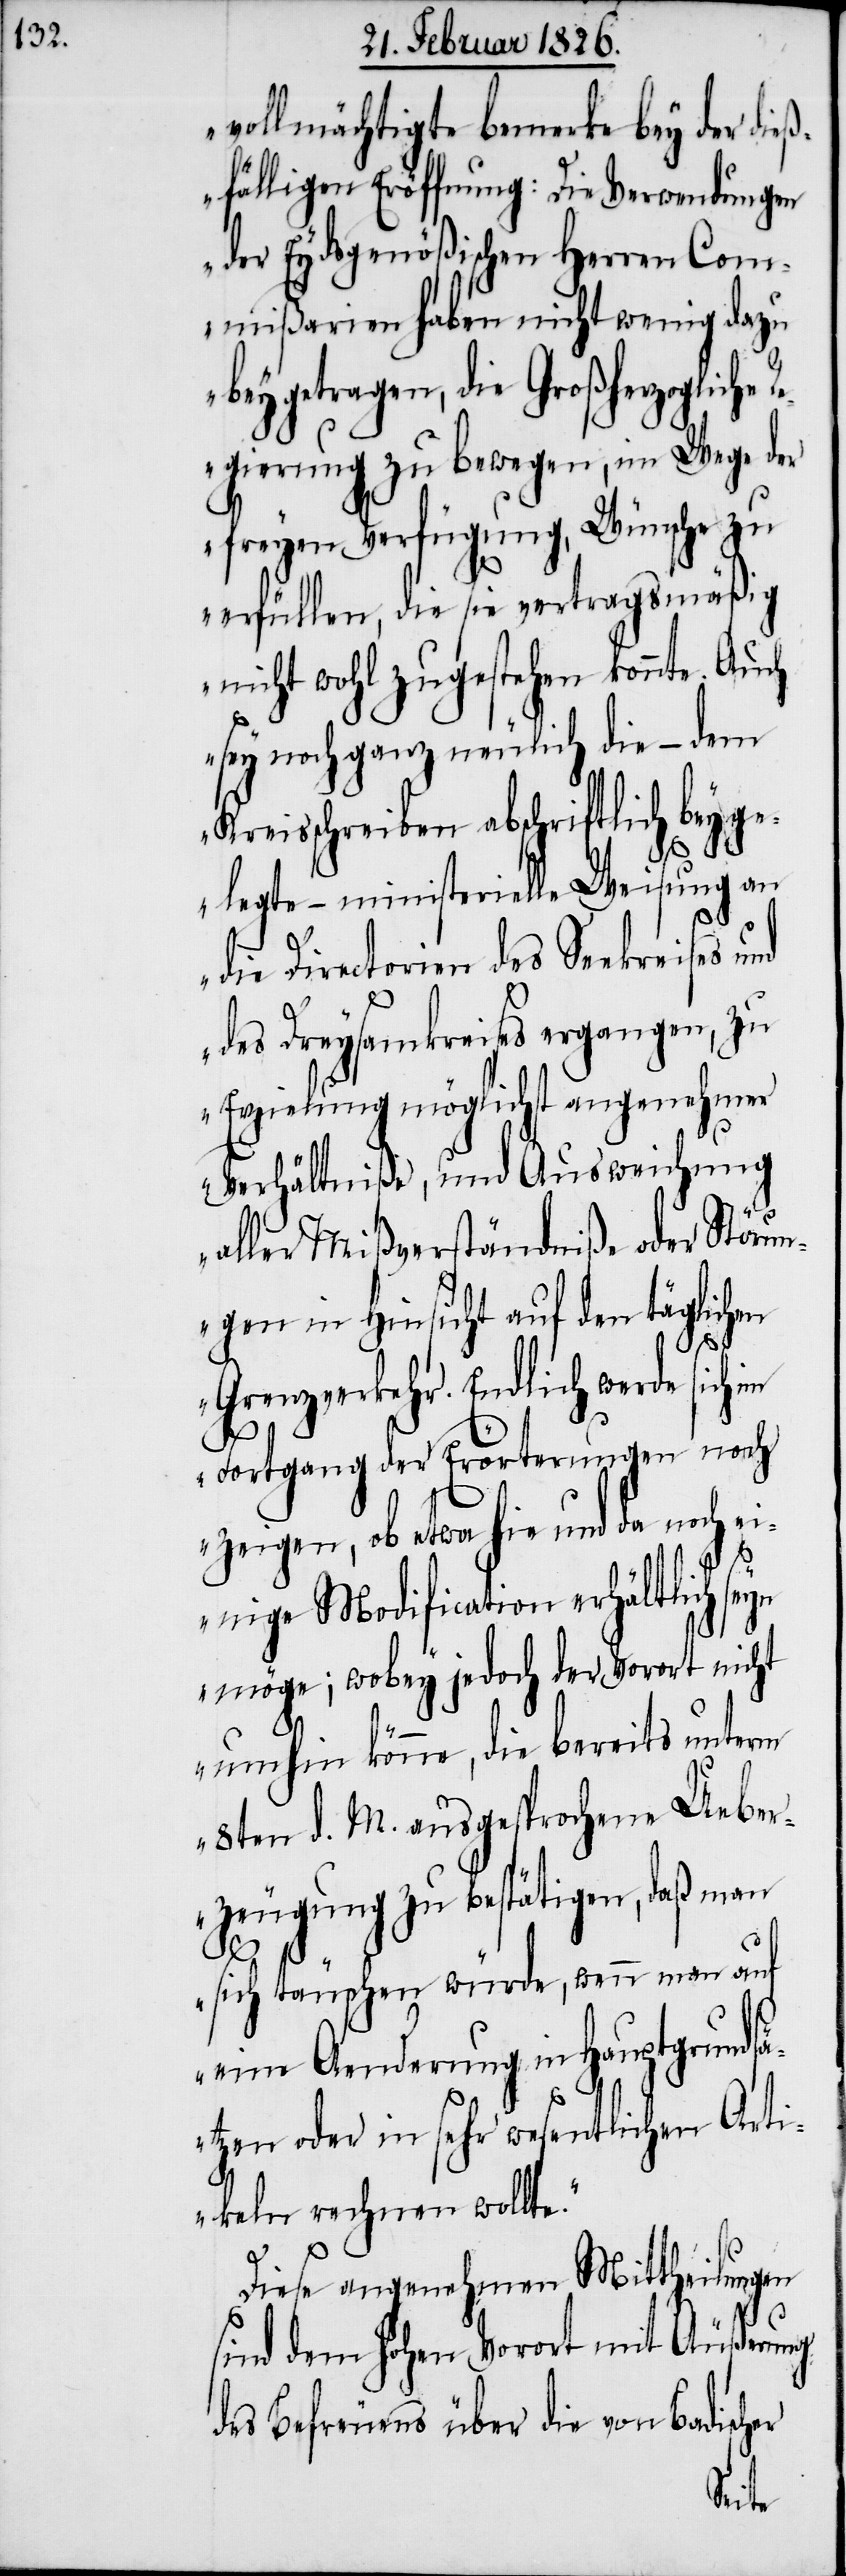
vollmächtigte bemerkte bey der dieß¬
fälligen Eröffnung: Die Verwendungen
der Eydsgenößischen Herren Com¬
mißarien haben nicht wenig dazu
beygetragen, die Großherzogliche
gierung zu bewegen, im Wege der
freyen Verfügung, Wünsche zu
erfüllen, die sie vertragsmäßig
nicht wohl zugestehen könnte. Auch
sey noch ganz neulich die – dem
Kreisschreiben abschriftlich beyg¬
elegte – ministerielle Weisung an
die Directorien des Seekreises
des Dreysamkreises ergangen, zu
Erzielung möglichst angenehmer
Verhältniße, und Ausweichung
aller Mißverständniße der Störun¬
gen in Hinsicht auf den täglichen
Grenzverkehr. Endlich werde sich im
Fortgang der Erörterungen noch
zeigen, ob etwa hie und da no¬
ch
einige Modification erhältlich
möge; wobey jedoch der Vorort nicht
umhin könne, die bereits unterm
8ten d. M. ausgesprochene Ueber¬
zeugung zu bestätigen, daß man
sich täuschen würde, wenn man auf
eine Aenderung in Hauptgrunds¬
ätzen oder in sehr wesentlichen Arti¬
keln rechnen wollte.“
Diese angenehmen Mittheilungen
sind dem hohen Vorort mit Äußerung
des Befreuens über die von Badisch¬
er